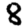
Digit: 8